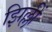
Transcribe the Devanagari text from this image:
झिल्लीं